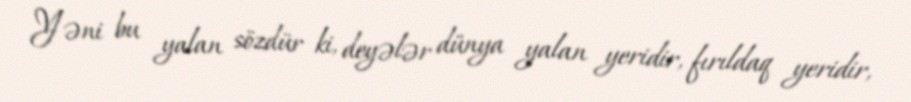
Yəni bu yalan sözdür ki, deyələr dünya yalan yeridir, fırıldaq yeridir,